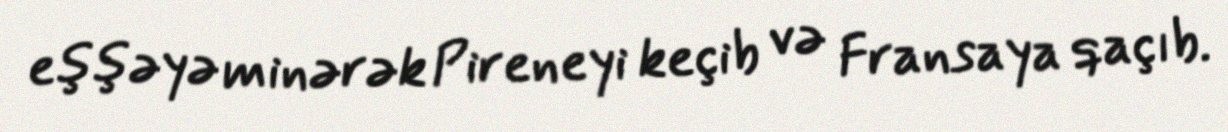
eşşəyə minərək Pireneyi keçib və Fransaya qaçıb.